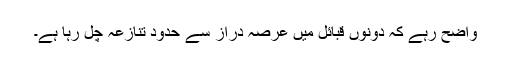
واضح رہے کہ دونوں قبائل میں عرصہ دراز سے حدود تنازعہ چل رہا ہے۔